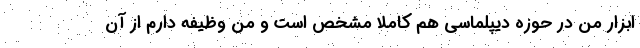
ابزار من در حوزه دیپلماسی هم کاملا مشخص است و من وظیفه دارم از آن